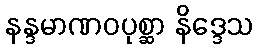
နန္ဒမာဏဝပုစ္ဆာ နိဒ္ဒေသ